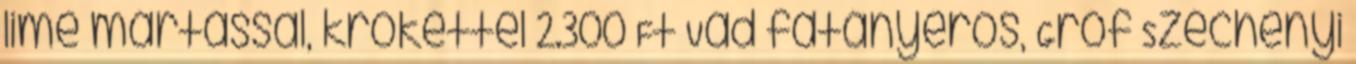
lime mártással, krokettel 2.300 Ft Vad fatányéros, Gróf Széchenyi